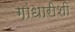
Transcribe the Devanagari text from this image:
गांधारीशी